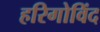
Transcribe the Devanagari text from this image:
हरिगोविंद